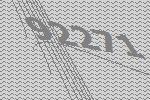
92271